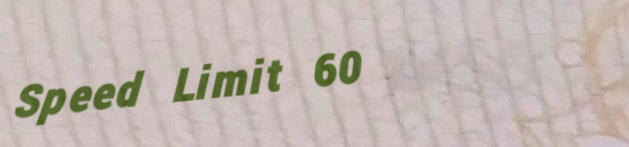
Speed Limit 60